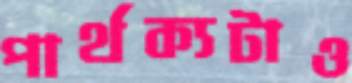
পার্থক্যটাও